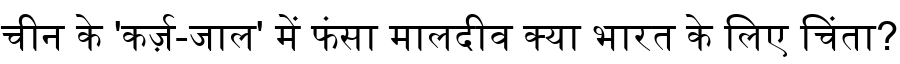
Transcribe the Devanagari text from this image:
चीन के 'कर्ज़-जाल' में फंसा मालदीव क्या भारत के लिए चिंता?